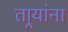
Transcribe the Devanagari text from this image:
तार्‍यांना